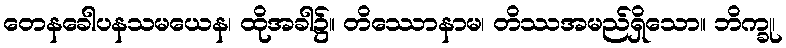
တေနခေါပနသမယေန၊ ထိုအခါ၌။ တိဿောနာမ၊ တိဿအမည်ရှိသော။ ဘိက္ခု၊